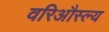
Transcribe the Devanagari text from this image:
वरिऔस्ल्य